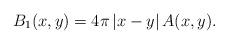
LaTeX: \begin{align*}B_{1}(x,y)=4\pi \left\vert x-y\right\vert A(x,y). \end{align*}